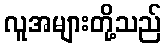
လူအများတို့သည်